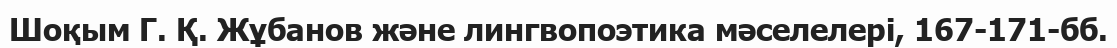
Шоқым Г. Қ. Жұбанов және лингвопоэтика мәселелері, 167-171-бб.